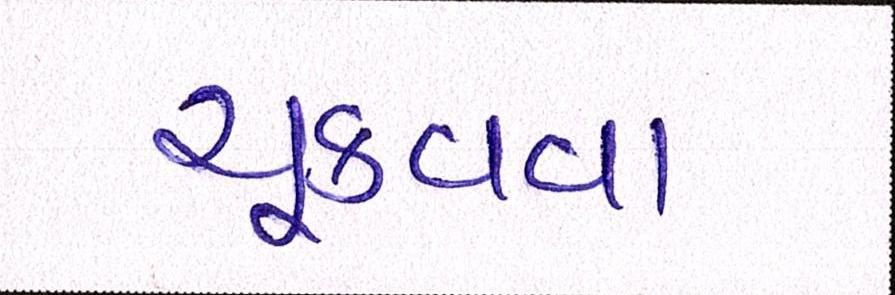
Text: ચૂકવવા